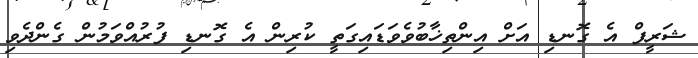
ޝަރީފް އެ ގޮނޑި އަށް އިންތިޚާބުވެވަޑައިގަތީ ކުރިން އެ ގޮނޑި ފުރުއްވަމުން ގެންދެވި